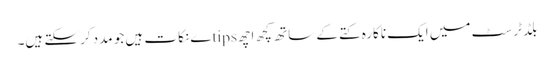
بلڈ ٹرسٹ میں ایک ناکارہ کتے کے ساتھ کچھ اچھ tipsے نکات ہیں جو مدد کرسکتے ہیں۔